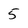
Character: 5